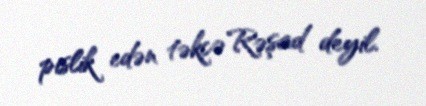
pislik edən təkcə Rəşad deyil.